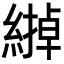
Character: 𦄹